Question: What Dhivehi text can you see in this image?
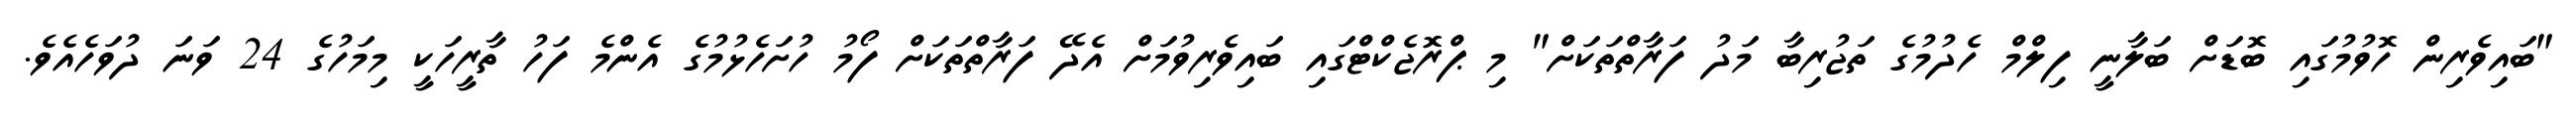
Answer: "ބައިވެރިން ހޮވުމުގައި ބޮޑަށް ބަލާނީ ފިލްމް ހެދުމުގެ ތަޖުރިބާ މަދު ފަރާތްތަކަށް" މި ޕްރޮޖެކްޓްގައި ބައިވެރިވުމަށް އެދޭ ފަރާތްތަކަށް ފޯމު ހުށަހެޅުމުގެ އެންމެ ފަހު ތާރީހަކީ މިމަހުގެ 24 ވަނަ ދުވަހެއެވެ.